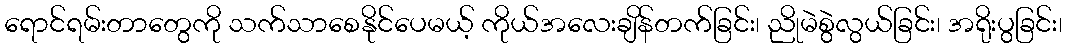
ရောင်ရမ်းတာတွေကို သက်သာစေနိုင်ပေမယ့် ကိုယ်အလေးချိန်တက်ခြင်း၊ ညိုမဲစွဲလွယ်ခြင်း၊ အရိုးပွခြင်း၊